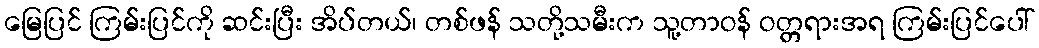
မြေပြင် ကြမ်းပြင်ကို ဆင်းပြီး အိပ်တယ်၊ တစ်ဖန် သတို့သမီးက သူ့တာဝန် ဝတ္တရားအရ ကြမ်းပြင်ပေါ်